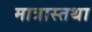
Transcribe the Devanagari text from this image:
मात्रास्तथा